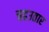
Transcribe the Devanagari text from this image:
चढउतार